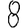
Digit: 8